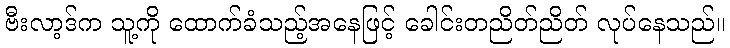
ဗီးလာ့ဒ်က သူ့ကို ထောက်ခံသည့်အနေဖြင့် ခေါင်းတညိတ်ညိတ် လုပ်နေသည်။